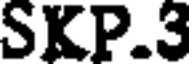
SKP.3